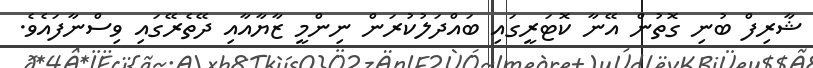
ޝާރިފް ބުނި ގޮތުން އޭނާ ކޮޓަރީގައި ބައްދަލުކުރަން ނިންމީ ޒާޔާއާއި ދޭތެރޭގައި ވިސްނާފައެވެ.